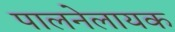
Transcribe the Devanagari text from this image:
पालनेलायक